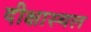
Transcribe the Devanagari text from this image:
दीक्षास्थल